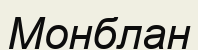
Монблан